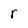
Character: r